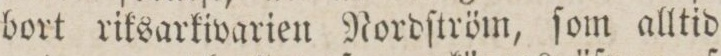
bort riksarkivarien Rordſtröm, ſom alltid